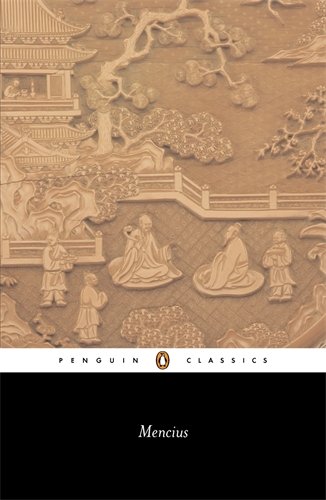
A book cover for Mencius (Penguin Classics); Mencius; Religion & Spirituality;